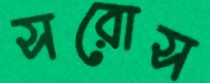
সরোস